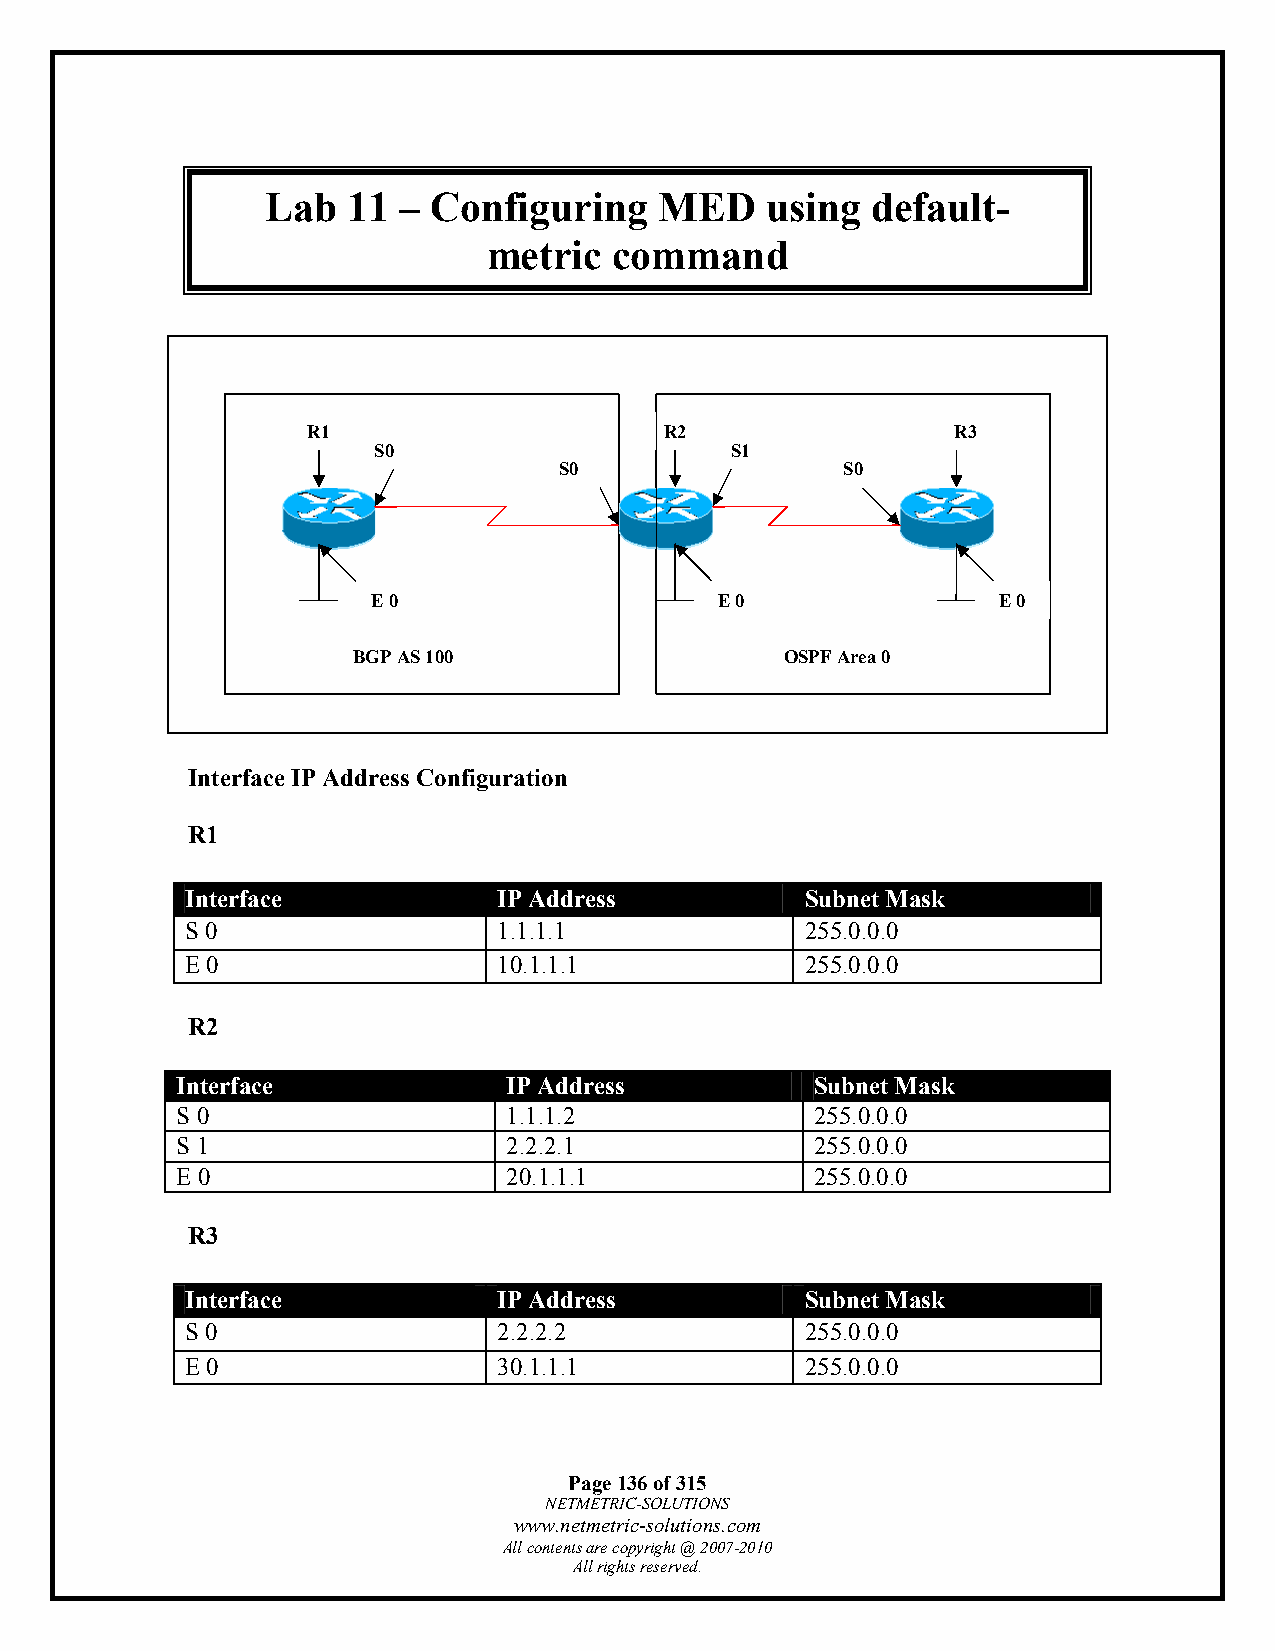
Lab  11 –  Configuring    MED    using  default-
 metric   command
 R1                      R2                 R3
 S0                     S1
 S0                 S0
 E 0                    E 0               E 0
 BGP AS 100                   OSPF Area 0
 Interface IP Address Configuration
 R1
 Interface            IP Address          Subnet Mask
 S 0                  1.1.1.1             255.0.0.0
 E 0                  10.1.1.1            255.0.0.0
 R2
 Interface             IP Address          Subnet Mask
 S 0                   1.1.1.2             255.0.0.0
 S 1                   2.2.2.1             255.0.0.0
 E 0                   20.1.1.1            255.0.0.0
 R3
 Interface            IP Address          Subnet Mask
 S 0                  2.2.2.2             255.0.0.0
 E 0                  30.1.1.1            255.0.0.0
 Page 136 of 315
 NETMETRIC-SOLUTIONS
 www.netmetric-solutions.com
 All contents are copyright @ 2007-2010
 All rights reserved.